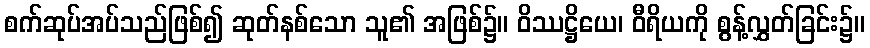
စက်ဆုပ်အပ်သည်ဖြစ်၍ ဆုတ်နစ်သော သူ၏ အဖြစ်၌။ ဝိဿဋ္ဌိယေ၊ ဝီရိယကို စွန့်လွှတ်ခြင်း၌။